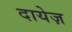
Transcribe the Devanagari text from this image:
दायेज़